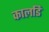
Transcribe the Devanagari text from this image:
कालडि